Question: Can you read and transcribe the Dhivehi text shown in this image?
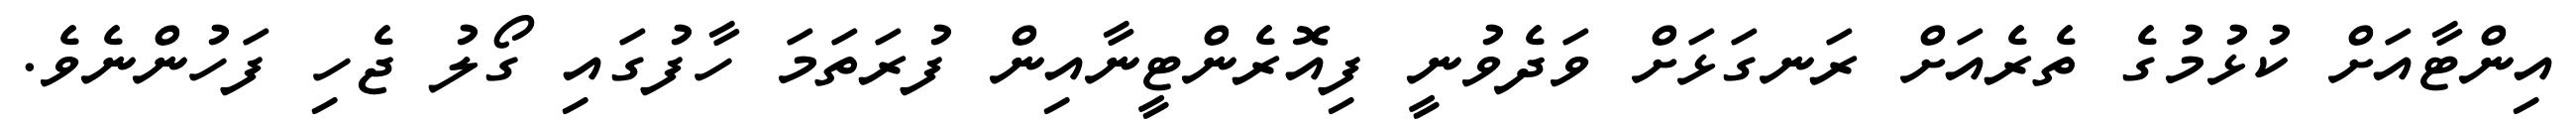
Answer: އިންޓާއަށް ކުޅުމުގެ ތެރެއަށް ރަނގަޅަށް ވަދެވުނީ ފިއޮރެންޓީނާއިން ފުރަތަމަ ހާފުގައި ގޯލު ޖެހި ފަހުންނެވެ.